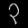
Digit: ၃